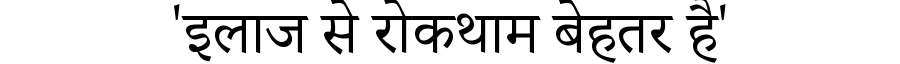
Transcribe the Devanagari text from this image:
'इलाज से रोकथाम बेहतर है'